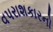
વપરાશકારનો